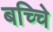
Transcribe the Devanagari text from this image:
बच्चेि